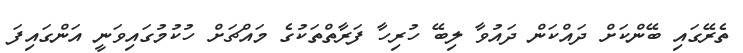
ތެރޭގައި ބޭންކަށް ދައްކަން ދައުވާ ލިބޭ ހުރިހާ ފަރާތްތަކުގެ މައްޗަށް ހުކުމުގައިވަނީ އަންގައިފަ